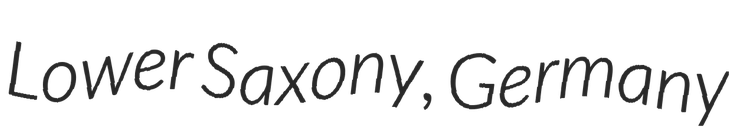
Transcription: Lower Saxony, Germany